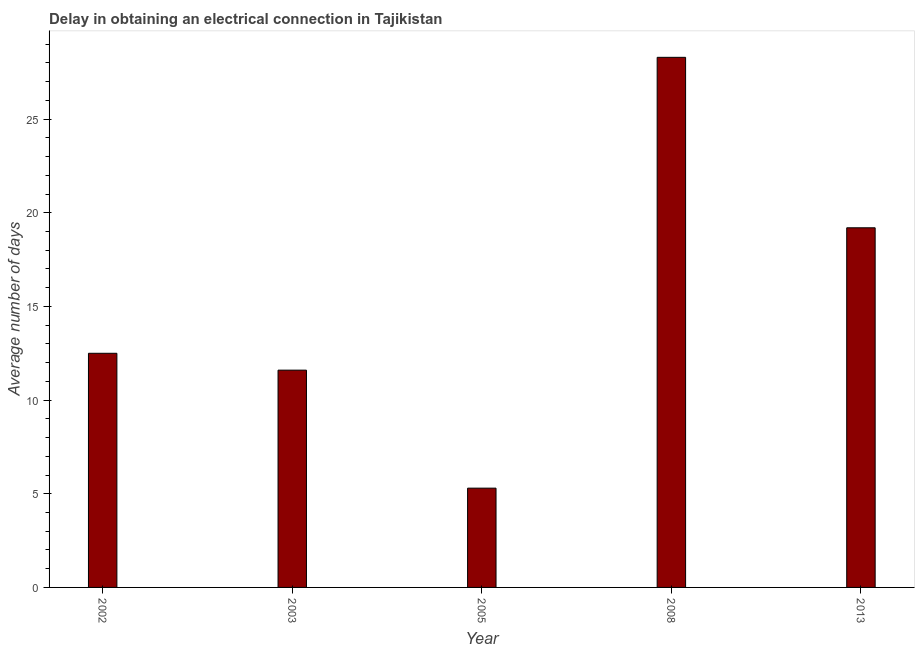
| Year | Dalay in Electrical connection |
 | --- | --- |
 | 2002 | 12.5 |
 | 2003 | 11.6 |
 | 2005 | 5.3 |
 | 2008 | 28.3 |
 | 2013 | 19.2 |